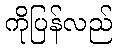
ကိုပြန်လည်